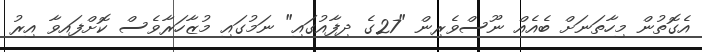
އެގޮތުން މިހާތަނަށް ބެއެއް ނޫސްވެރިން "27ގެ ދިފާއުގައި" ނަމުގައި މުޒާހަރާވެސް ކޮށްފައިވާ އިރު